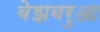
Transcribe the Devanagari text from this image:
बेझबरुआ